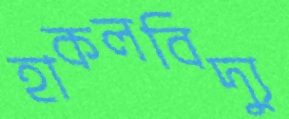
হাকলবিদ্যু